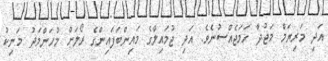
އަދި މަރިޔަމް މަޖުދާ ހަމަޖެއްސުނެވެ. އަދި ޖުމައިލްގެ މައިންބަފައިންގެ ރޯލަށް މުހަންމަދު މަނިކު